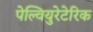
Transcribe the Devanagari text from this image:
पेल्वियुरेटेरिक